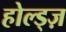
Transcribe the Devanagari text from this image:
होल्ड्ज़